Civil Veterinary Department. Madras. Admin. report 1926-33 - 1926-1933
Year: 1926
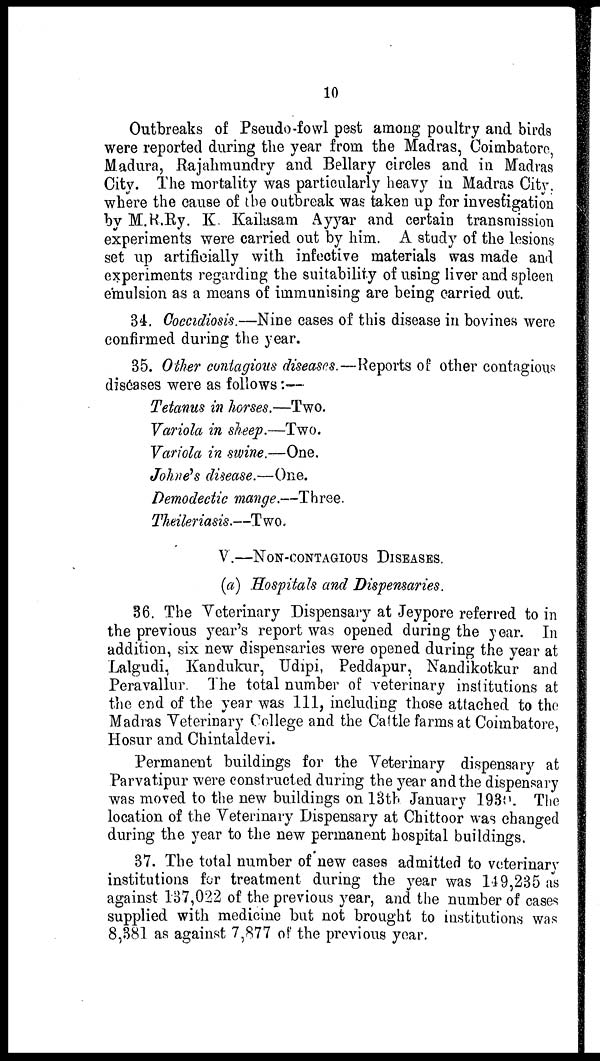
10
Outbreaks of Pseudo-fowl pest among poultry and birds
were reported during the year from the Madras, Coimbatore,
Madura, Rajahmundry and Bellary circles and in Madras
City. The mortality was particularly heavy in Madras City.
where the cause of the outbreak was taken up for investigation
by M.R.Ry. K. Kailasam Ayyar and certain transmission
experiments were carried out by him. A study of the lesions
set up artificially with infective materials was made and
experiments regarding the suitability of using liver and spleen
emulsion as a means of immunising are being carried out.
34. Coccidiosis.—Nine cases of this disease in bovines were
confirmed during the year.
35. Other contagious diseases.—Reports of other contagious
diseases were as follows:—
Tetanus in horses.—Two.
Variola in sheep.—Two.
Variola in swine.—One.
Johne's disease.—One.
Demodectic mange.—Three.
Theileriasis.—Two.
V.—NON-CONTAGIOUS DISEASES.
(a) Hospitals and Dispensaries.
36. The Veterinary Dispensary at Jeypore referred to in
the previous year's report was opened during the year. In
addition, six new dispensaries were opened during the year at
Lalgudi, Kandukur, Udipi, Peddapur, Nandikotkur and
Peravallur. The total number of veterinary institutions at
the end of the year was 111, including those attached to the
Madras Veterinary College and the Cattle farms at Coimbatore,
Hosur and Chintaldevi.
Permanent buildings for the Veterinary dispensary at
Parvatipur were constructed during the year and the dispensary
was moved to the new buildings on 13th January 1930. The
location of the Veterinary Dispensary at Chittoor was changed
during the year to the new permanent hospital buildings.
37. The total number of new cases admitted to veterinary
institutions for treatment during the year was 119,235 as
against 137,022 of the previous year, and the number of cases
supplied with medicine but not brought to institutions was
8,381 as against 7,877 of the previous year.